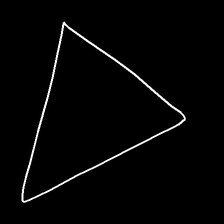
Glyph: convergence